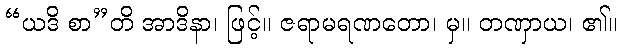
“ယဒိ စာ”တိ အာဒိနာ၊ ဖြင့်။ ဇရာမရဏတော၊ မှ။ တဏှာယ၊ ၏။